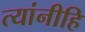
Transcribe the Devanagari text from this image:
त्यांनीहि